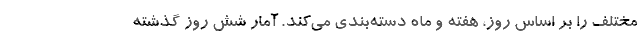
مختلف را بر اساس روز، هفته و ماه دسته‌بندی می‌کند. آمار شش روز گذشته